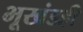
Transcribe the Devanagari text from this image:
भूखंडही